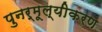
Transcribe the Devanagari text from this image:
पुनर्मूल्यीकरण